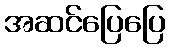
အဆင်ပြေပြေ